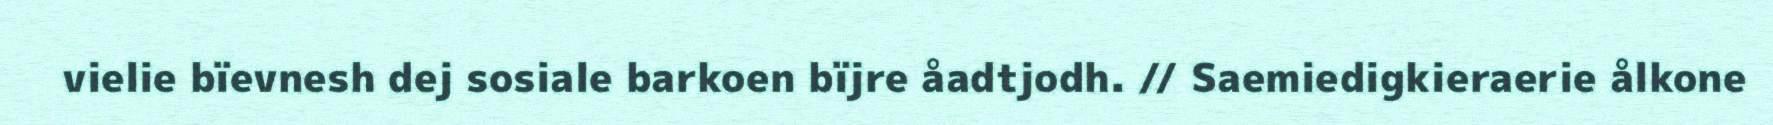
vielie bïevnesh dej sosiale barkoen bïjre åadtjodh. // Saemiedigkieraerie ålkone